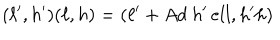
( \ell ^ { \prime } , h ^ { \prime } ) ( \ell , h ) = ( \ell ^ { \prime } + A d \ h ^ { \prime } \, e l l , h ^ { \prime } h )